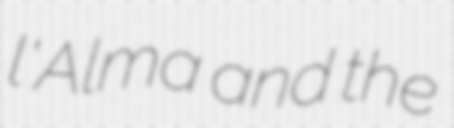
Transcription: l'Alma and the